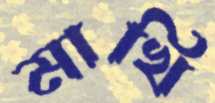
মাখি